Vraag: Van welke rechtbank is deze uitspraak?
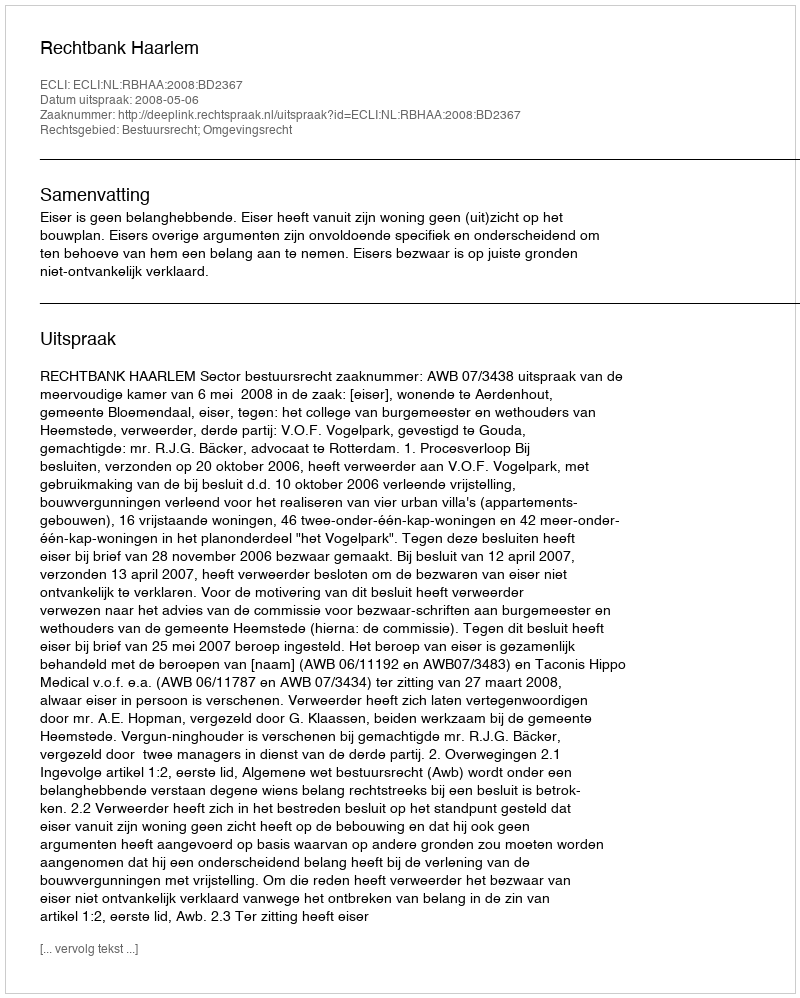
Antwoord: Rechtbank Haarlem